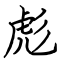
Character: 彪